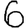
Digit: 6